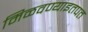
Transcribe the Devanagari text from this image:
मिळवण्याइतपत